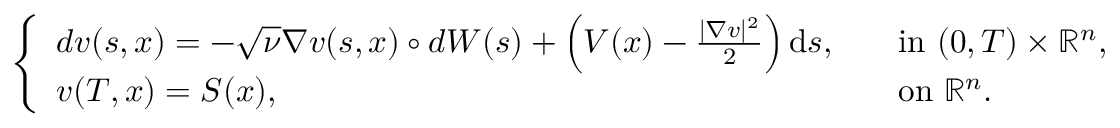
\begin{array} { r } { \left\{ \begin{array} { l l } { d v ( s , x ) = - \sqrt { \nu } \nabla v ( s , x ) \circ d W ( s ) + \left( V ( x ) - \frac { | \nabla v | ^ { 2 } } { 2 } \right) \mathrm { d } s , \quad } & { \mathrm { i n ~ } ( 0 , T ) \times \mathbb { R } ^ { n } , } \\ { v ( T , x ) = S ( x ) , } & { \mathrm { o n ~ } \mathbb { R } ^ { n } . } \end{array} \right. } \end{array}